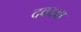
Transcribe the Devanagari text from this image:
दवदवा